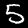
Label: 5